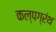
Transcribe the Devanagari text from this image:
कल्पग्रंथ